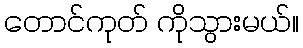
တောင်ကုတ် ကိုသွားမယ်။